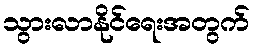
သွားလာနိုင်ရေးအတွက်